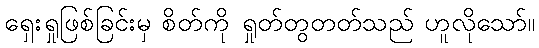
ရှေးရှုဖြစ်ခြင်းမှ စိတ်ကို ရှုတ်တွတတ်သည် ဟူလိုသော်။